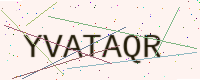
Text: YVATAQR